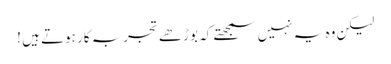
لیکن وہ یہ نہیں سمجھتے کہ بوڑھے تجربہ کار ہوتے ہیں !